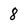
Character: 8